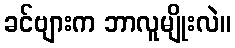
ခင်ဗျားက ဘာလူမျိုးလဲ။